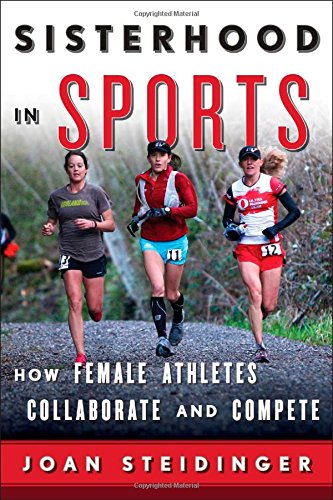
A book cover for Sisterhood in Sports: How Female Athletes Collaborate and Compete; Joan Steidinger; Sports & Outdoors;